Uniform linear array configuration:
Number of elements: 16
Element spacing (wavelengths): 1
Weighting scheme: hann
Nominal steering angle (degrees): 30
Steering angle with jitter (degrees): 29.227
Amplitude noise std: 0.05
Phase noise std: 0.05

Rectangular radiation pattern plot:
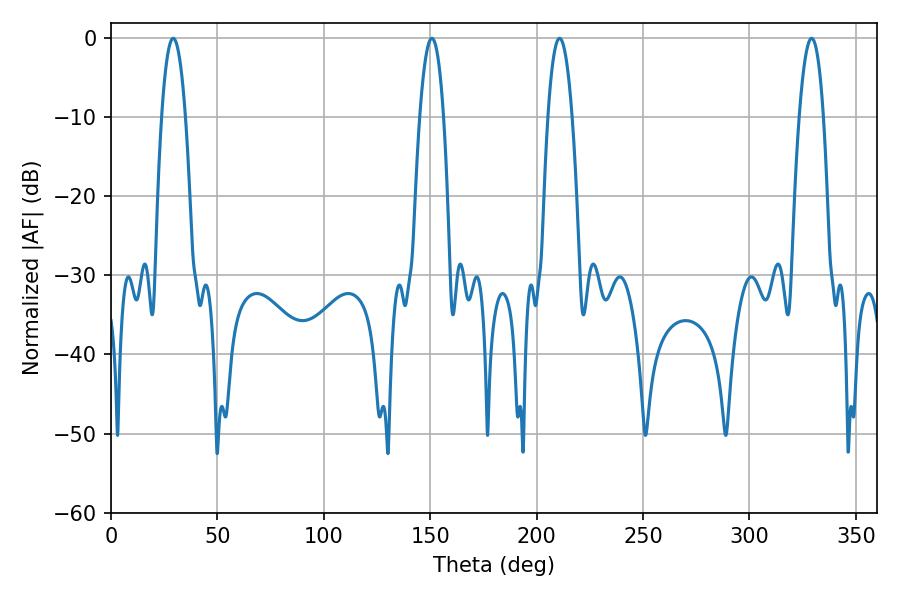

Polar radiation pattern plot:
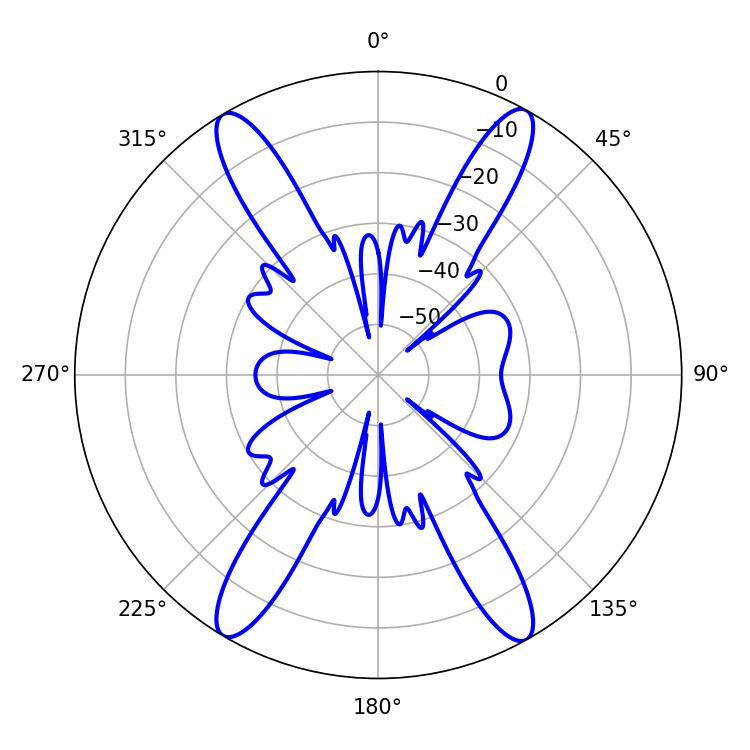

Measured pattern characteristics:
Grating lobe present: TRUE
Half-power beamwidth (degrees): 6.3
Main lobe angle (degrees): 210.78